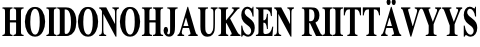
HOIDONOHJAUKSEN RIITTÄVYYS